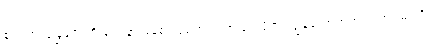
စပါးအုံးမြွေတွေကို ဝေဒနာ မခံစားစေဘဲ သတ်ဖြတ်ဖို့က ကျွန်တော့်အတွက် အရမ်းကို